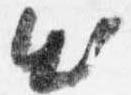
出